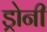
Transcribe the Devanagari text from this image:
ड्रोनी